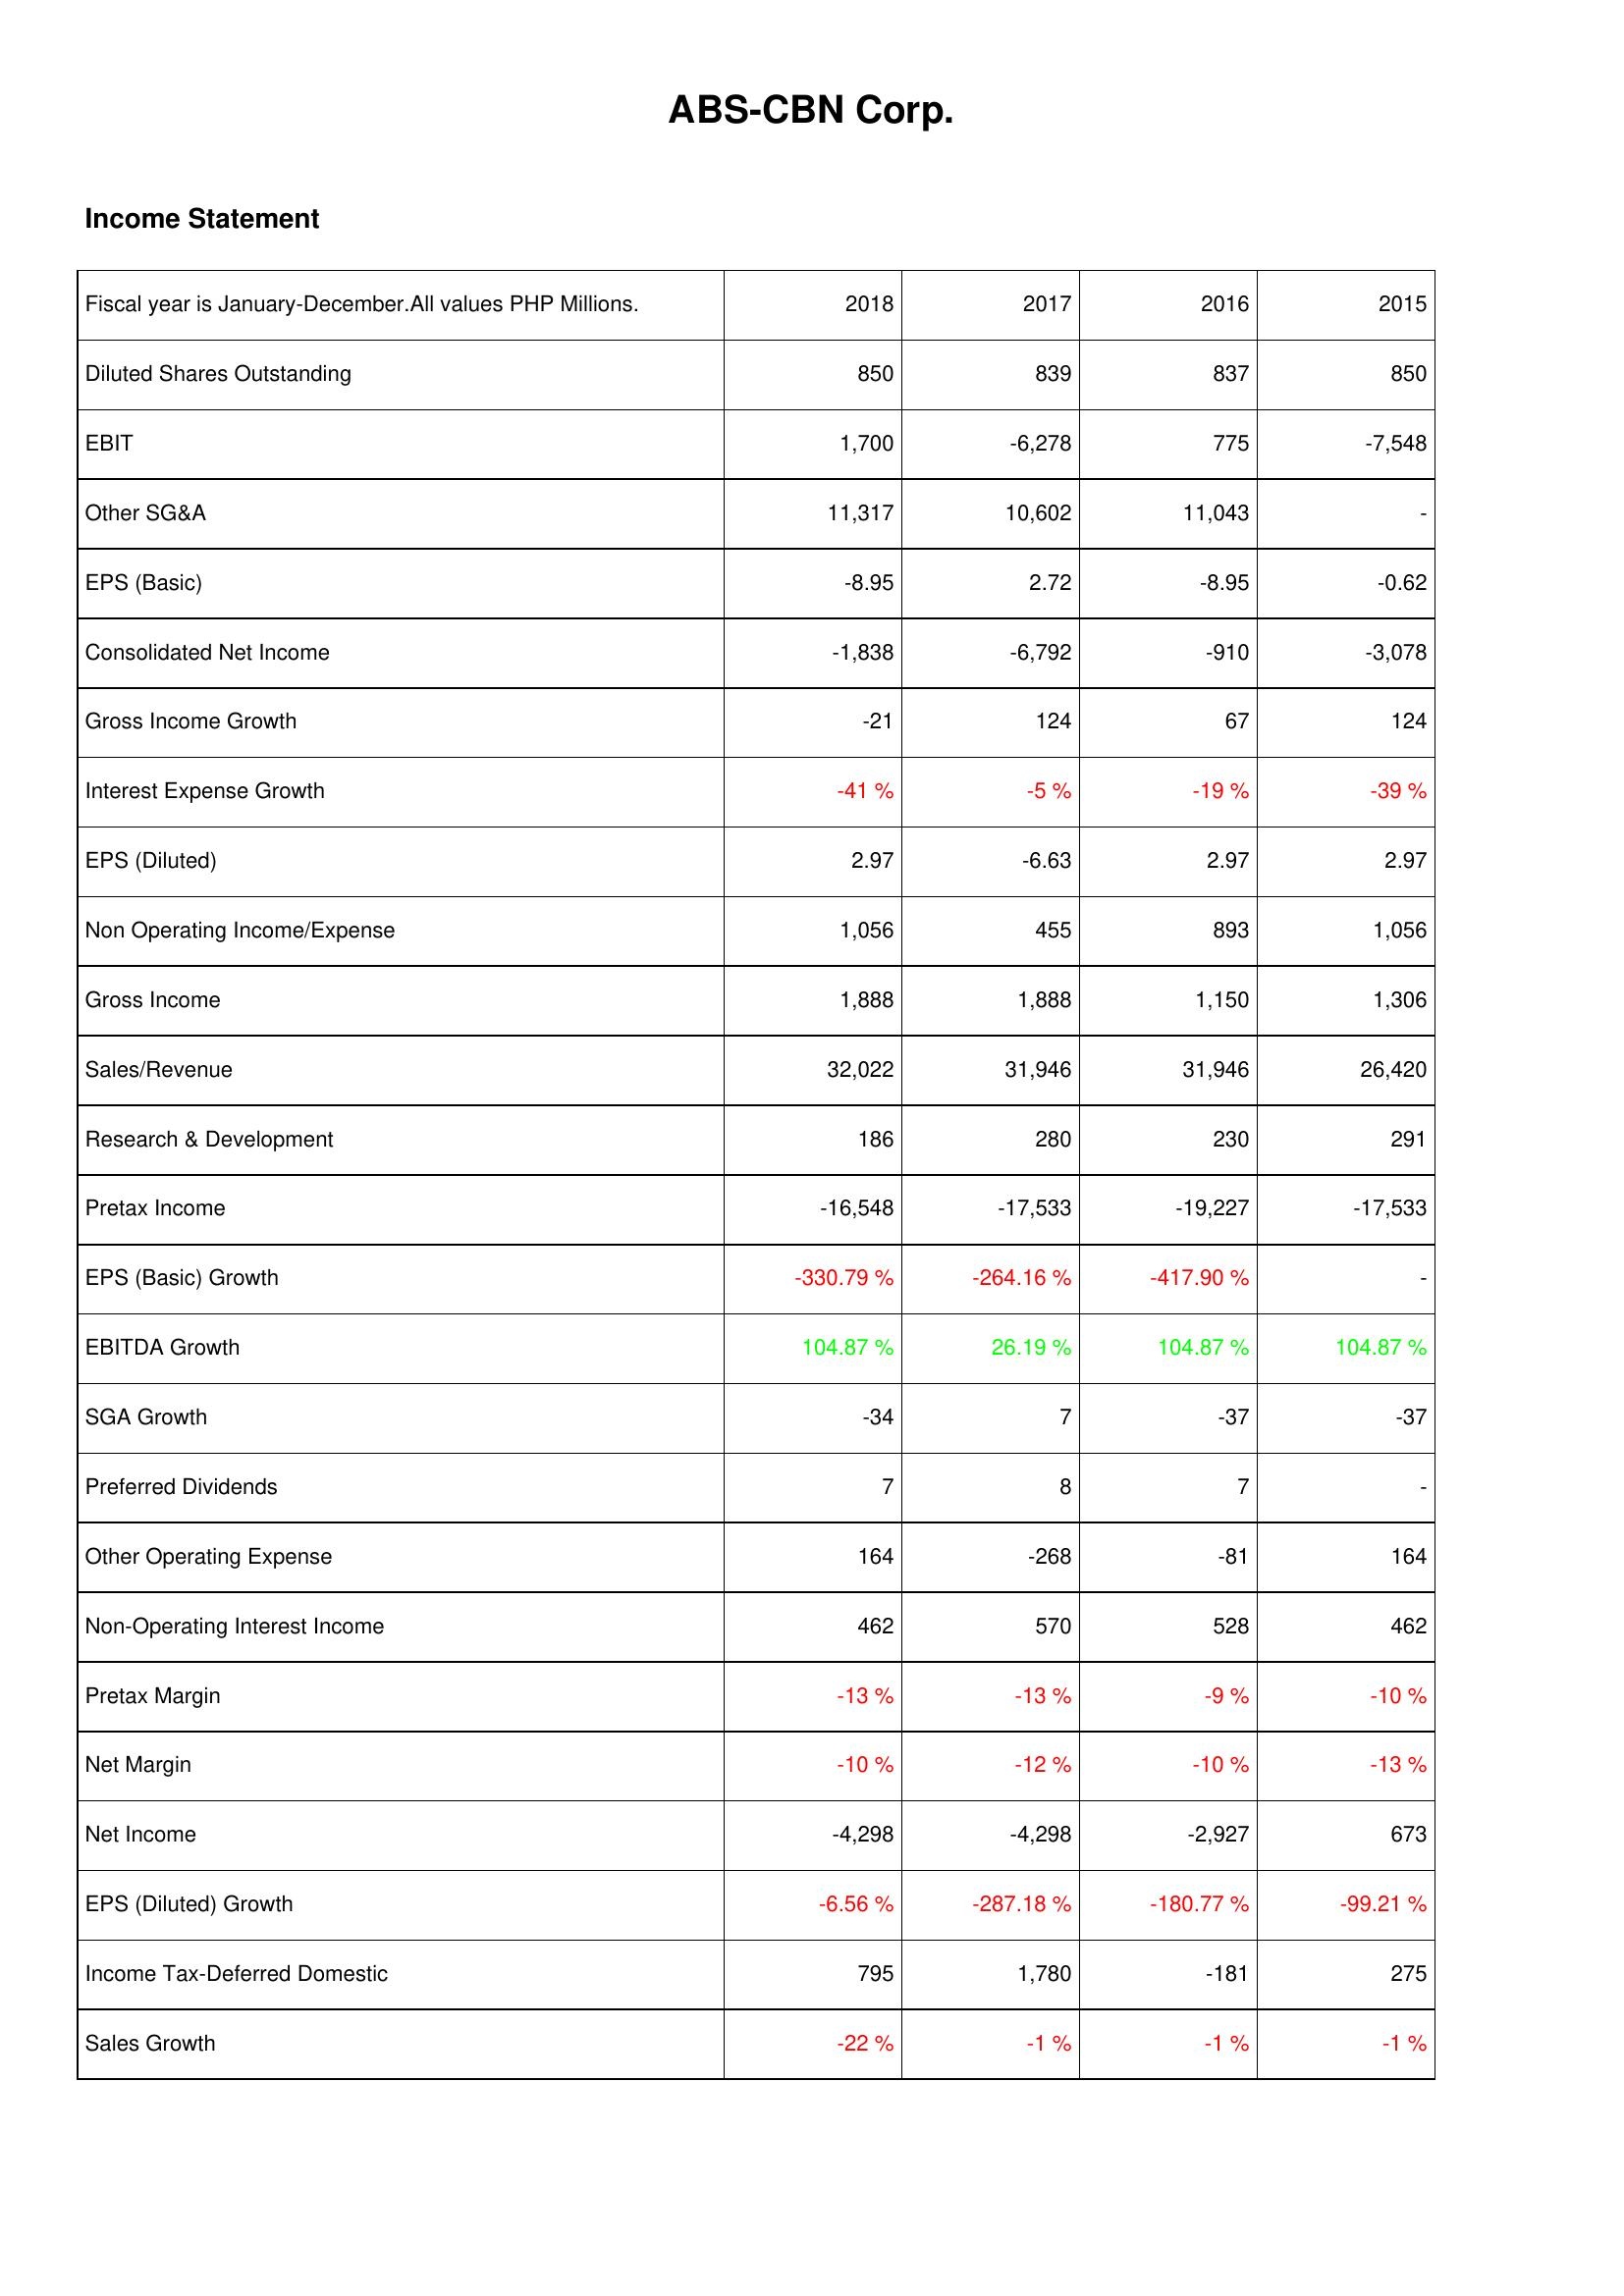
2018: Income Statement: Diluted Shares Outstanding: 850
EBIT: 1,700
Other SG&A: 11,317
EPS (Basic): -8.95
Consolidated Net Income: -1,838
Gross Income Growth: -21
Interest Expense Growth: -41 %
EPS (Diluted): 2.97
Non Operating Income/Expense: 1,056
Gross Income: 1,888
Sales/Revenue: 32,022
Research & Development: 186
Pretax Income: -16,548
EPS (Basic) Growth: -330.79 %
EBITDA Growth: 104.87 %
SGA Growth: -34
Preferred Dividends: 7
Other Operating Expense: 164
Non-Operating Interest Income: 462
Pretax Margin: -13 %
Net Margin: -10 %
Net Income: -4,298
EPS (Diluted) Growth: -6.56 %
Income Tax-Deferred Domestic: 795
Sales Growth: -22 %
2017: Income Statement: Diluted Shares Outstanding: 839
EBIT: -6,278
Other SG&A: 10,602
EPS (Basic): 2.72
Consolidated Net Income: -6,792
Gross Income Growth: 124
Interest Expense Growth: -5 %
EPS (Diluted): -6.63
Non Operating Income/Expense: 455
Gross Income: 1,888
Sales/Revenue: 31,946
Research & Development: 280
Pretax Income: -17,533
EPS (Basic) Growth: -264.16 %
EBITDA Growth: 26.19 %
SGA Growth: 7
Preferred Dividends: 8
Other Operating Expense: -268
Non-Operating Interest Income: 570
Pretax Margin: -13 %
Net Margin: -12 %
Net Income: -4,298
EPS (Diluted) Growth: -287.18 %
Income Tax-Deferred Domestic: 1,780
Sales Growth: -1 %
2016: Income Statement: Diluted Shares Outstanding: 837
EBIT: 775
Other SG&A: 11,043
EPS (Basic): -8.95
Consolidated Net Income: -910
Gross Income Growth: 67
Interest Expense Growth: -19 %
EPS (Diluted): 2.97
Non Operating Income/Expense: 893
Gross Income: 1,150
Sales/Revenue: 31,946
Research & Development: 230
Pretax Income: -19,227
EPS (Basic) Growth: -417.90 %
EBITDA Growth: 104.87 %
SGA Growth: -37
Preferred Dividends: 7
Other Operating Expense: -81
Non-Operating Interest Income: 528
Pretax Margin: -9 %
Net Margin: -10 %
Net Income: -2,927
EPS (Diluted) Growth: -180.77 %
Income Tax-Deferred Domestic: -181
Sales Growth: -1 %
2015: Income Statement: Diluted Shares Outstanding: 850
EBIT: -7,548
Other SG&A: -
EPS (Basic): -0.62
Consolidated Net Income: -3,078
Gross Income Growth: 124
Interest Expense Growth: -39 %
EPS (Diluted): 2.97
Non Operating Income/Expense: 1,056
Gross Income: 1,306
Sales/Revenue: 26,420
Research & Development: 291
Pretax Income: -17,533
EPS (Basic) Growth: -
EBITDA Growth: 104.87 %
SGA Growth: -37
Preferred Dividends: -
Other Operating Expense: 164
Non-Operating Interest Income: 462
Pretax Margin: -10 %
Net Margin: -13 %
Net Income: 673
EPS (Diluted) Growth: -99.21 %
Income Tax-Deferred Domestic: 275
Sales Growth: -1 %